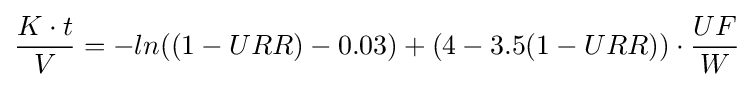
{\frac {K\cdot t}{V}}=-ln((1-URR)-0.03)+(4-3.5(1-URR))\cdot {\frac {UF}{W}}